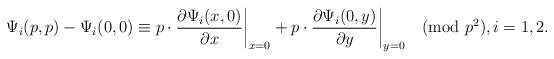
LaTeX: \begin{align*}\Psi_i(p,p)-\Psi_i(0,0)\equiv p\cdot\frac{\partial\Psi_i(x,0)}{\partial x}\bigg|_{x=0}+p\cdot\frac{\partial\Psi_i(0,y)}{\partial y}\bigg|_{y=0}\pmod{p^2},i=1,2.\end{align*}